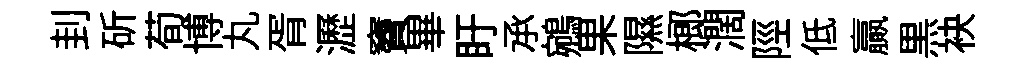
刲斫荀博丸胥瀝竇畢盱𠄘鵷果隰榔濶陘低贏黒袂